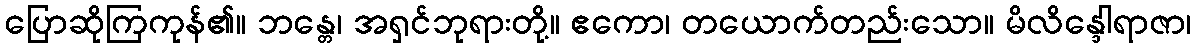
ပြောဆိုကြကုန်၏။ ဘန္တေ၊ အရှင်ဘုရားတို့။ ဧကော၊ တယောက်တည်းသော။ မိလိန္ဒေါရာဇာ၊